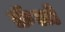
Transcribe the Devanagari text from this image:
फ़ॅलो